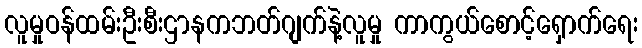
လူမှုဝန်ထမ်းဦးစီးဌာနကဘတ်ဂျက်နဲ့လူမှု ကာကွယ်စောင့်ရှောက်ရေး